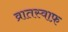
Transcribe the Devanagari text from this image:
व्रातस्वाफ़